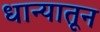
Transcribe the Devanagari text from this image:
धान्यातून